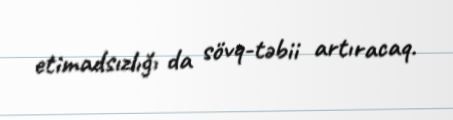
etimadsızlığı da sövq-təbii artıracaq.